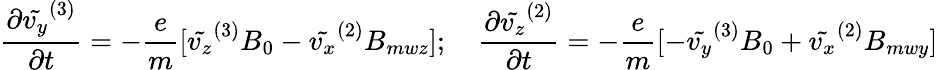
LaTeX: \frac{\partial\tilde{v_{y}}^{(3)}}{\partial t}=-\frac{e}{m}[\tilde{v_{z}}^{(3)}B_{0}-\tilde{v_{x}}^{(2)}B_{mwz}];\quad\frac{\partial\tilde{v_{z}}^{(2)}}{\partial t}=-\frac{e}{m}[-\tilde{v_{y}}^{(3)}B_{0}+\tilde{v_{x}}^{(2)}B_{mwy}]